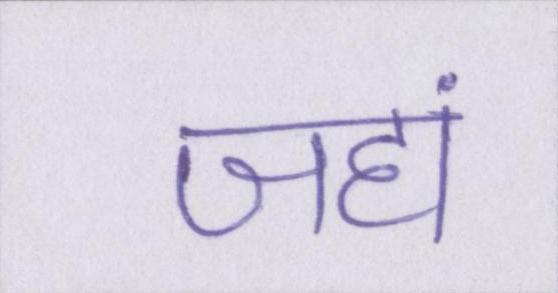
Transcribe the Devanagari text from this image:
जहां